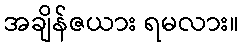
အချိန်ဇယား ရမလား။